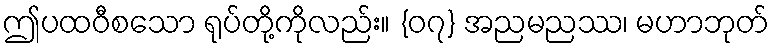
ဤပထဝီစသော ရုပ်တို့ကိုလည်း။ {၀၇} အညမညဿ၊ မဟာဘုတ်